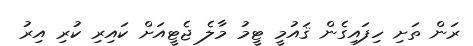
ރަން ތަށި ހިފައިގެން ޤައުމީ ޓީމު މާލެ ޖެޓީއަށް ކައިރި ކުރި އިރު